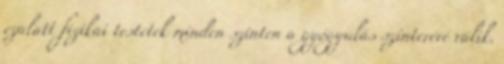
ezalatt fizikai testetek minden szinten a gyógyulás színterévé válik.